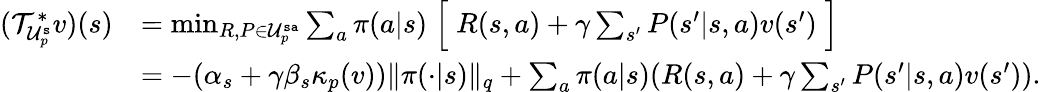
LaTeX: \begin{array}{rl}{(\mathcal{T}_{\mathcal{U}_{p}^{\mathtt{s}}}^{*}v)(s)}&{=\operatorname*{min}_{{R,P\in\mathcal{U}_{p}^{\mathtt{sa}}}}\sum_{a}\pi(a|s)\Bigm[R(s,a)+\gamma\sum_{s^{\prime}}P(s^{\prime}|s,a)v(s^{\prime})\Bigm]}\\ &{=-(\alpha_{s}+\gamma\beta_{s}\kappa_{p}(v))\lVert\pi(\cdot|s)\rVert_{q}+\sum_{a}\pi(a|s)(R(s,a)+\gamma\sum_{s^{\prime}}P(s^{\prime}|s,a)v(s^{\prime})).}\end{array}